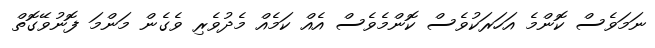
ނަމަވެސް ކޮންމެ އަހަރަކުވެސް ކޮންމެވެސް އެއް ކަމެއް މެދުވެރި ވެގެން މަންމަ ފޮނުވޭގޮތް